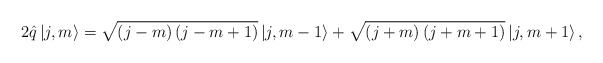
\begin{align*}2\hat q\left| {j,m} \right\rangle = \sqrt {\left( {j - m} \right)\left( {j - m + 1} \right)} \left| {j,m - 1} \right\rangle + \sqrt {\left( {j + m} \right)\left( {j + m + 1} \right)} \left| {j,m + 1} \right\rangle ,\end{align*}